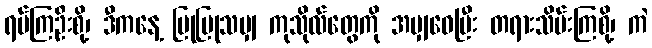
ရပ်ကြဦးစို့၊ ဒီကနေ့ ပြုပြုသမျှ ကုသိုလ်တွေကို အမျှဝေပြီး တရားသိမ်းကြစို့၊ ကဲ